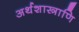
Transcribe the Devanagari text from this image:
अर्थशास्त्राणि